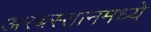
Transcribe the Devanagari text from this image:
अरबस्तानमध्ये